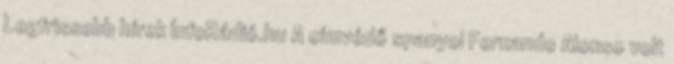
Legfrissebb hírek InfoRádió.hu A címvédő spanyol Fernando Alonso volt